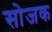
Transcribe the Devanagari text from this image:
सोजक